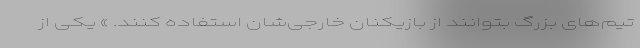
تیم‌های بزرگ بتوانند از بازیکنان خارجی‌شان استفاده کنند. » یکی از